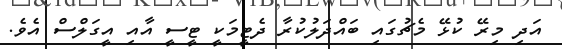
އަދި މިރޭ ކުޅޭ މެޗުގައި ބައްދަލުކުރާ ދެޓީމަކީ ޓީސީ އާއި އީގަލްސް އެވެ.